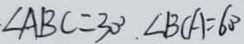
\angle A B C = 3 0 ^ { \circ } \angle B C A = 6 0 ^ { \circ }